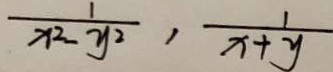
\frac { 1 } { x ^ { 2 } - y ^ { 2 } } , \frac { 1 } { x + y }